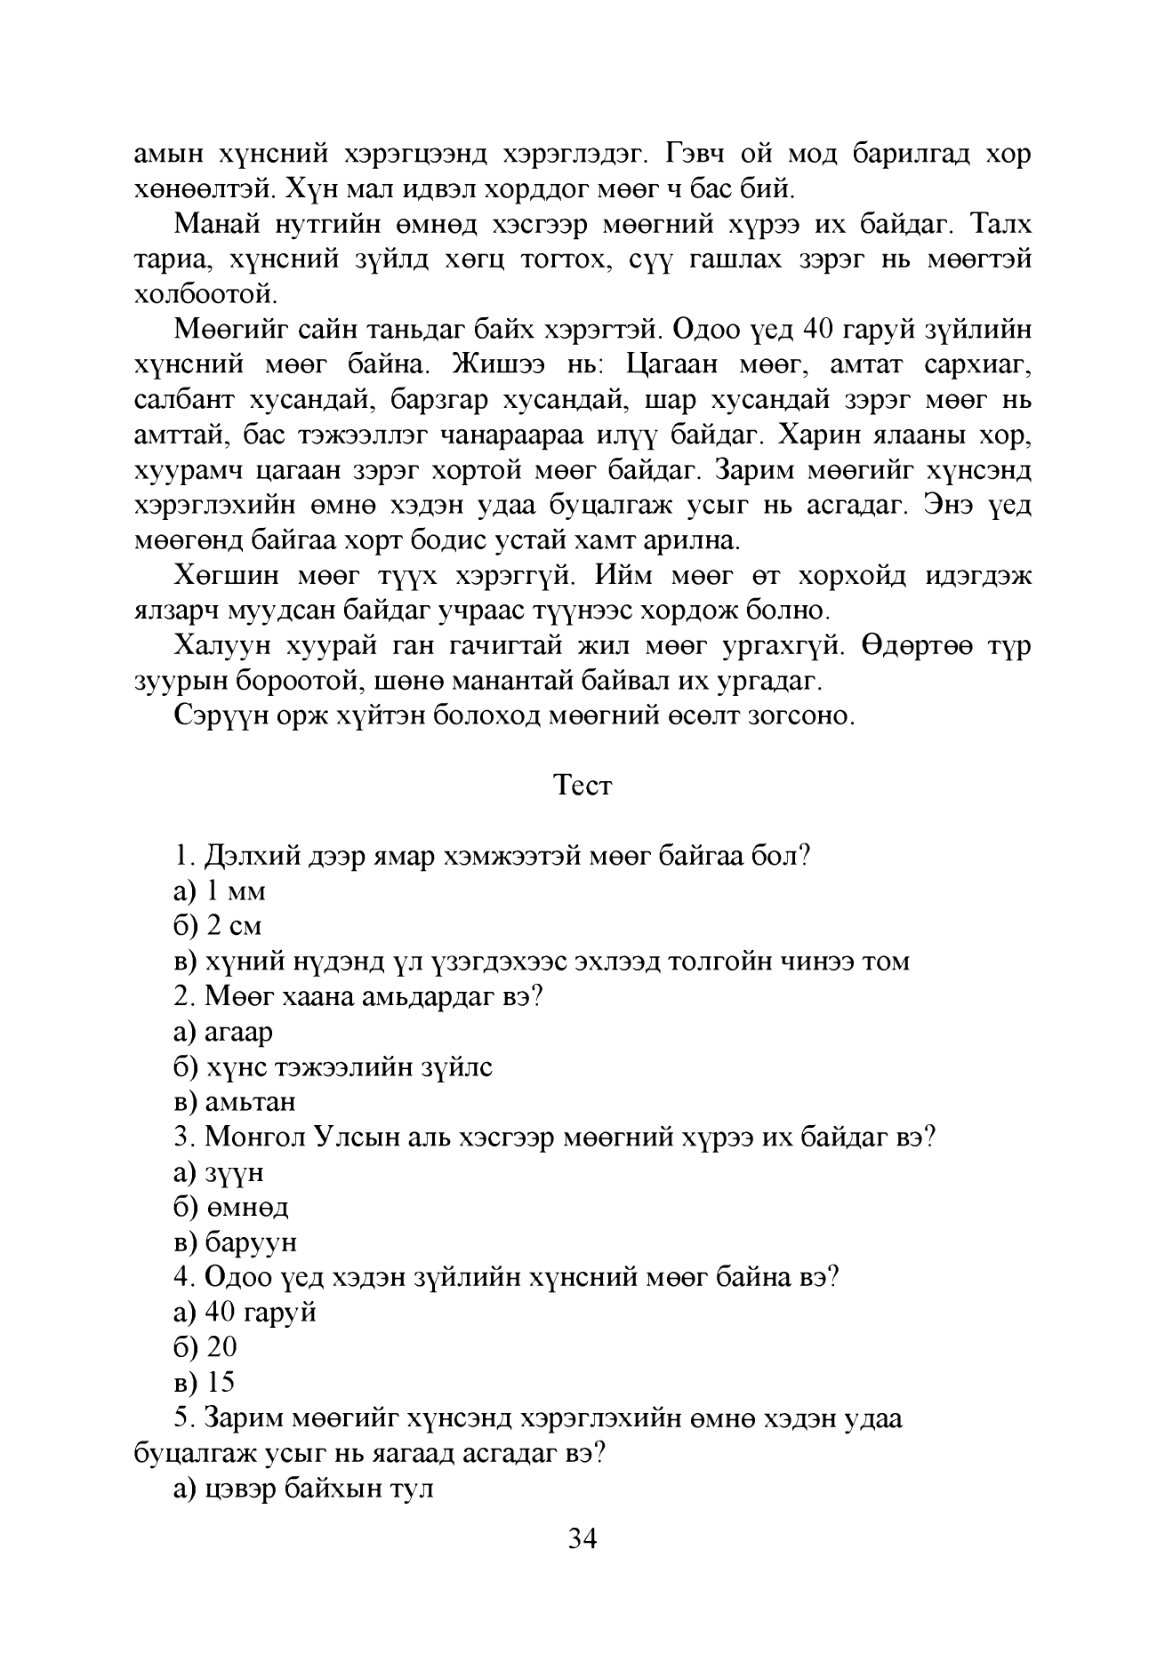
Language: mn